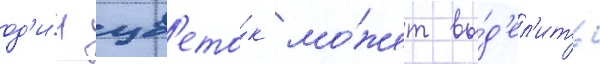
од'и́н цв'ето́к мо́жет вы́д'ел'ить